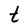
Character: t